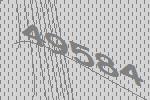
49584